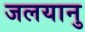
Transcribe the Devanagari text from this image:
जलयानु